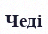
Чеді